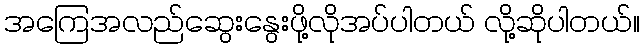
အကြေအလည်ဆွေးနွေးဖို့လိုအပ်ပါတယ် လို့ဆိုပါတယ်။